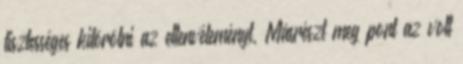
tisztességes kitörölni az ellenvéleményt, Másrészt meg pont az volt